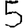
Digit: 5